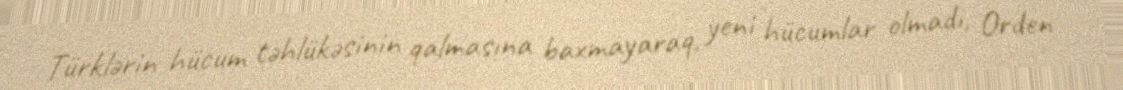
Türklərin hücum təhlükəsinin qalmasına baxmayaraq, yeni hücumlar olmadı, Orden